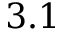
3 . 1